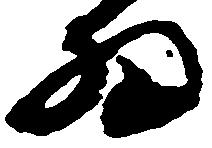
為